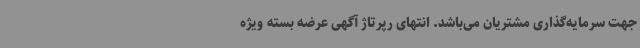
جهت سرمایه‌گذاری مشتریان می‌باشد. انتهای رپرتاژ آگهی عرضه بسته ویژه